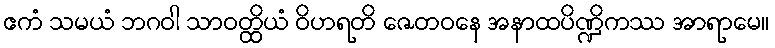
ဧကံ သမယံ ဘဂဝါ သာဝတ္ထိယံ ဝိဟရတိ ဇေတဝနေ အနာထပိဏ္ဍိကဿ အာရာမေ။